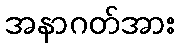
အနာဂတ်အား